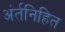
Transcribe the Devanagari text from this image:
अंर्तनिहित